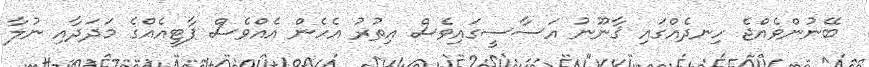
ބޭނުންވެއްޖެ ހިނދެއްގައި ޤާނޫނު އަސާސީގައިވެސް އިތުރު އެހެން އެއްވެސް ޕާޓީއެއްގެ މަދަދާއި ނުލާ